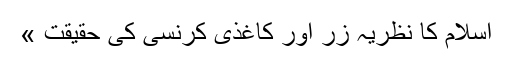
اسلام کا نظریہ زَر اور کاغذی کرنسی کی حقیقت »